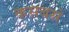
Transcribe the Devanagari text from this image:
कसबसं